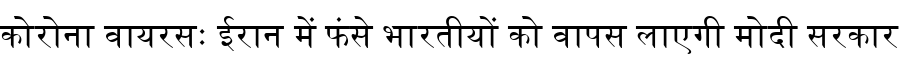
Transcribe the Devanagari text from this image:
कोरोना वायरसः ईरान में फंसे भारतीयों को वापस लाएगी मोदी सरकार